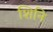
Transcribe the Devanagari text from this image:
शिनि